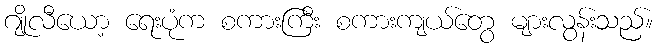
ဂျိုလီယော့ ရေးပုံက စကားကြီး စကားကျယ်တွေ များလွန်းသည်။